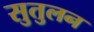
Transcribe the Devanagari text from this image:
सुतुलन